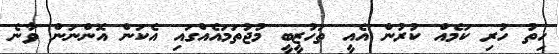
ހިތު ހުރި ކަމެއް ކުރުން އެއީ ތަހުޒީބީ މުޖުތަމައެއްގައި އެކަން އޮންނަން ވާނެ